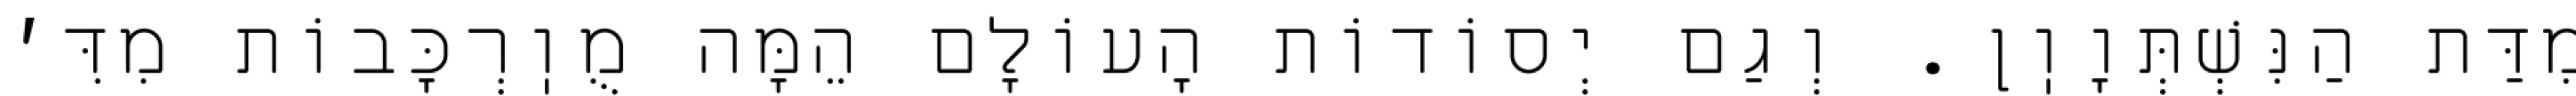
מִדַּת הַנִּשְׁתְּוָוֽן. וְגַם יְסוֹדוֹת הָעוֹלָם הֵמָּה מֻוֽרְכָּבוֹת מִדִּ׳